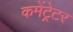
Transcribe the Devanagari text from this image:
कमेंट्रेटर